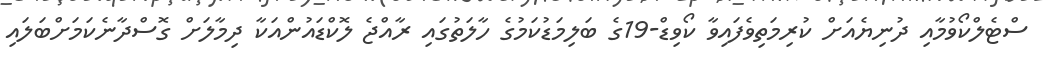
ސްޓެލްކޯވުމާއި ދުނިޔެއަށް ކުރިމަތިވެފައިވާ ކޯވިޑް-19ގެ ބަލިމަޑުކަމުގެ ހާލަތުގައި ރާއްޖެ ލޮކްޑައުންއަކާ ދިމާލަށް ގޮސްދާނެކަމަށްބަލައި